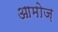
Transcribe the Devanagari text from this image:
आमोज़